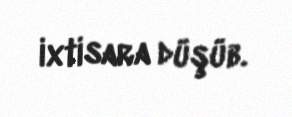
ixtisara düşüb.